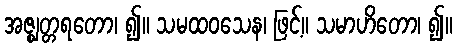
အဇ္ဈတ္တရတော၊ ၍။ သမထဝသေန၊ ဖြင့်။ သမာဟိတော၊ ၍။